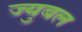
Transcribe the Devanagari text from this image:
ज्युबल